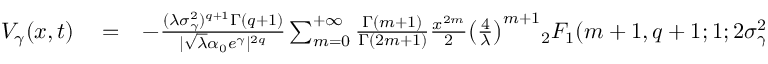
\begin{array} { r l r } { V _ { \gamma } ( x , t ) } & { { } = } & { - \frac { ( \lambda \sigma _ { \gamma } ^ { 2 } ) ^ { q + 1 } \Gamma ( q + 1 ) } { | \sqrt { \lambda } \alpha _ { 0 } e ^ { \gamma } | ^ { 2 q } } \sum _ { m = 0 } ^ { + \infty } \frac { \Gamma ( m + 1 ) } { \Gamma ( 2 m + 1 ) } \frac { x ^ { 2 m } } { 2 } \big ( \frac { 4 } { \lambda } \big ) ^ { m + 1 } { _ 2 F _ { 1 } } ( m + 1 , q + 1 ; 1 ; 2 \sigma _ { \gamma } ^ { 2 } ) } \end{array}